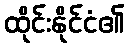
ထိုင်းနိုင်ငံ၏